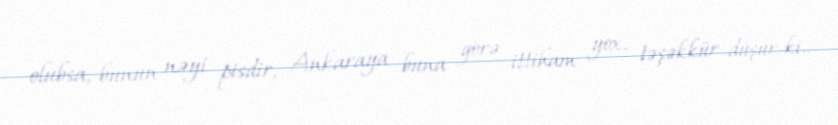
olubsa, bunun nəyi pisdir, Ankaraya buna görə ittiham yox, təşəkkür düşür ki..